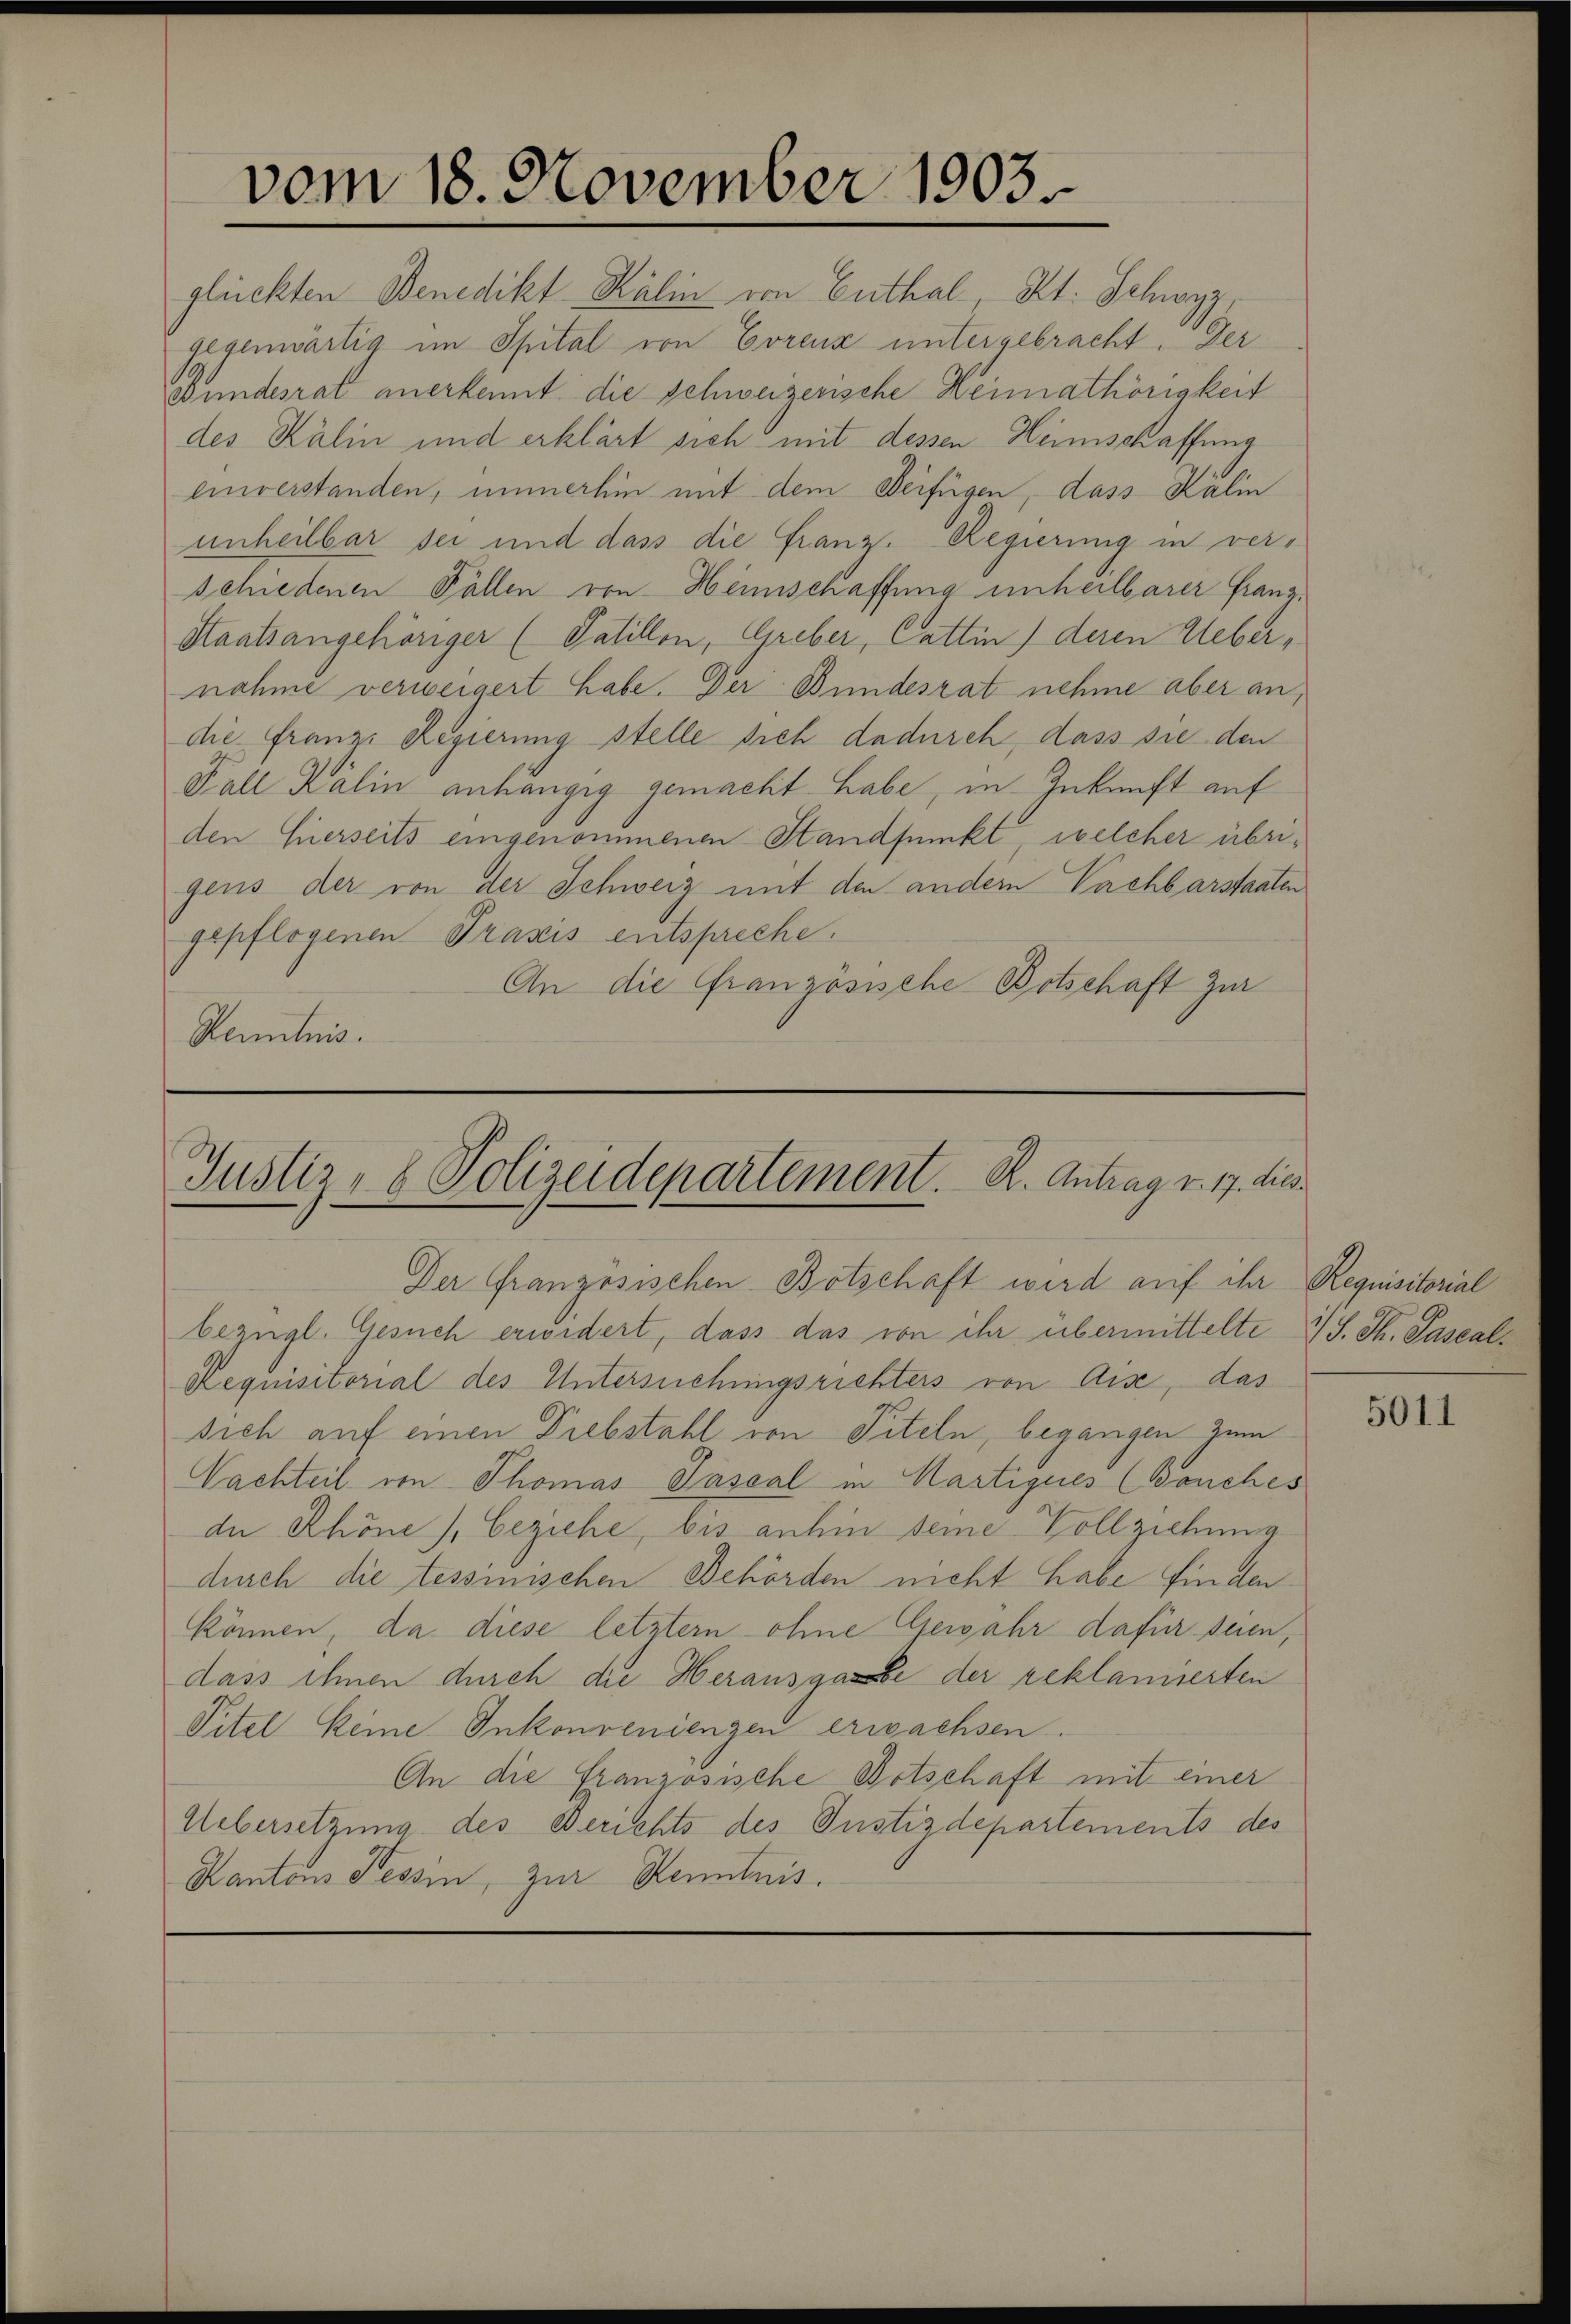
glückten Benedikt Kälin von Enthal, Kt. Schwyz,
gegenwärtig im Spital von Eorenz untergebracht. Der
Bundesrat anerkennt die schweizerische Heimathörigkeit
des Kälin und erklärt sich mit dessen Heimschaffung
einverstanden, immerhin mit dem Beifügen, dass Kälin
unheilbar sei und dass die Franz. Regierung in verschiedenen Fällen von Heimschaffung unheilbarer Franz¬
Staatsangehöriger (Satillon, Greber, Cattin) deren Uebernahme verweigert habe. Der Bundesrat nehme aber an,
die franzi Regierung stelle sich dadurch, dass sie den
Fall Kälin anhängig gemacht habe, in Zukunft auf
den Euerseits eingenommenen Standfunkt, welcher übrigens der von der Schweiz mit den andern Vachbarstaaten
gepflogenen Praxis entspreche.
An die Französische Botschaft zur
Kenntnis.

vom 18. November 1903

Justiz- & Polizeidepartement. R. Antrag v. 17. dies
Der Granzösischen Botschaft wird auf ihr Requisitorial

bezügl. Gesuch erwidert, dass das von ihr übermittelte 2 S. Th. Pascal¬
Requisitorial des Untersuchungsrichters von Aise, das
sich auf einen Diebstahl von Titeln, begangen zum
Nachteil von Thomas Passal in Martiques (Bouches
de Schöne), Beziehe, bis anhin seine Vollziehung
durch die tessinischen Behörden nicht habe finden
können, da diese letzter ohne Gewahr dafür seien,
dass ihnen durch die Herausgabe der reklamierten
Pitel keine Inkonvenienzen erwachsen.
An die Französische Botschaft mit einer
Uebersetzung des Berichts des Justizdepartements des
Kantons Tessin, zur Kenntnis.

5011